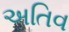
અતિવ